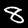
Digit: 8